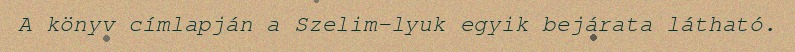
A könyv címlapján a Szelim-lyuk egyik bejárata látható.